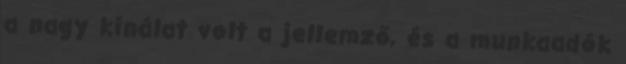
a nagy kínálat volt a jellemző, és a munkaadók